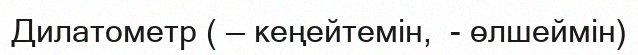
Дилатометр ( — кеңейтемін,  - өлшеймін)